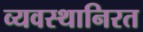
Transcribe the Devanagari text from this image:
व्यवस्थानिरत